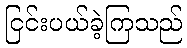
ငြင်းပယ်ခဲ့ကြသည်